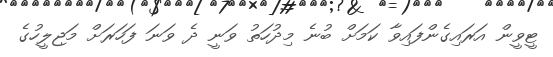
ޓީވީން އަރައިގެންފައިވާ ކަމަށް ބުނެ މިދުހަތު ވަނީ ދެ ވަނަ ފަހަރަށް މަޖިލީހުގެ